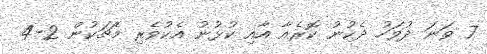
7 ވަނަ ދުވަހު ދެކުނު ކޮރެއާ އާއި ކުޅުނު އެކުވެރި މެޗަކުން 2-4